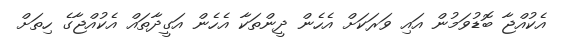
އެކުއްޖާ ބޮޑުވަމުން އައި ވަރަކަށް އެހެން ދީންތަކާ އެހެން އަގީދާތައް އެކުއްޖާގެ ހިތަށް